Scientific memoirs by medical officers of the Army of India - Part VI,
Year: 1891
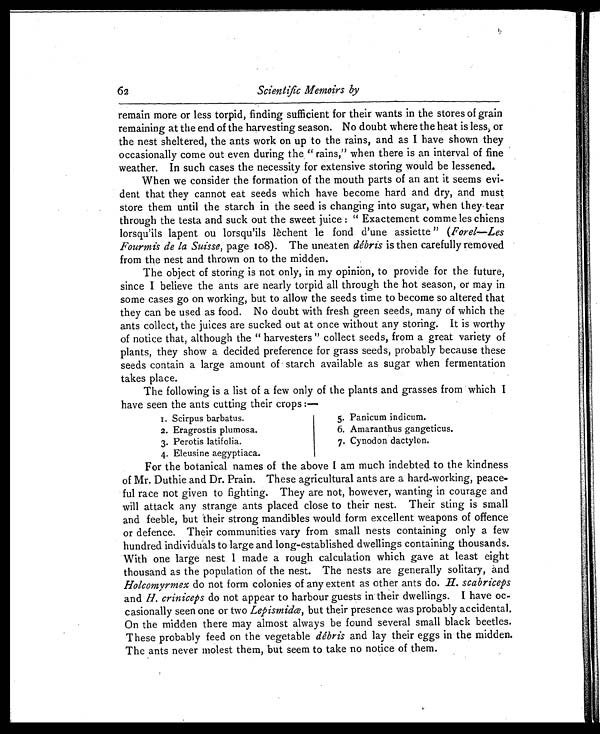
1. Scirpus barbatus.
2. Eragrostis plumosa.
3. Perotis latifolia.
4. Eleusine aegyptiaca.
5. Panicum indicum.
6. Amaranthus gangeticus.
7. Cynodon dactylon.
Scientific Memoirs by
remain more or less torpid, finding sufficient for their wants in the stores of grain
remaining at the end of the harvesting season. No doubt where the heat is less or
the nest sheltered, the ants work on up to the rains, and as I have shown they
occasionally come out even during the "rains," when there is an interval of fine
weather. In such cases the necessity for extensive storing would be lessened.
When we consider the formation of the mouth parts of an ant it seems evi-
dent that they cannot eat seeds which have become hard and dry, and must
store them until the starch in the seed is changing into sugar, when they tear
through the testa and suck out the sweet juice: "Exactement commeles chiens
lorsqu'ils lapent ou lorsqu'ils lèchent le fond d'une assiette" (Forel—Les
Fourmis de la Suisse, page 108). The uneaten debris is then carefully removed
from the nest and thrown on to the midden.
The object of storing is not only, in my opinion, to provide for the future,
since I believe the ants are nearly torpid all through the hot season, or may in
some cases go on working, but to allow the seeds time to become so altered that
they can be used as food. No doubt with fresh green seeds, many of which the
ants collect, the juices are sucked out at once without any storing. It is worthy
of notice that, although the "harvesters" collect seeds, from a great variety of
plants, they show a decided preference for grass seeds, probably because these
seeds contain a large amount of starch available as sugar when fermentation
takes place.
The following is a list of a few only of the plants and grasses from which I
have seen the ants cutting their crops:—
62
For the botanical names of the above I am much indebted to the kindness
of Mr. Duthie and Dr. Prain. These agricultural ants are a hard-working, peace-
ful race not given to fighting. They are not, however, wanting in courage and
will attack any strange ants placed close to their nest. Their sting is small
and feeble, but their strong mandibles would form excellent weapons of offence
or defence Their communities vary from small nests containing only a few
hundred individuals to large and long-established dwellings containing thousands.
With one large nest I made a rough calculation which gave at least eight
thousand as the population of the nest. The nests are generally solitary, and
Holcomyrmex do not form colonies of any extent as other ants do. H. scabriceps
and H. criniceps do not appear to harbour guests in their dwellings. I have oc-
casionally seen one or two Lepismidœ, but their presence was probably accidental.
On the midden there may almost always be found several small black beetles.
These probably feed on the vegetable débris and lay their eggs in the midden.
The ants never molest them, but seem to take no notice of them.